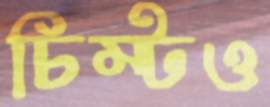
চিম্‌টও